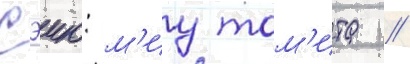
Сэию: м'иу том'ита //